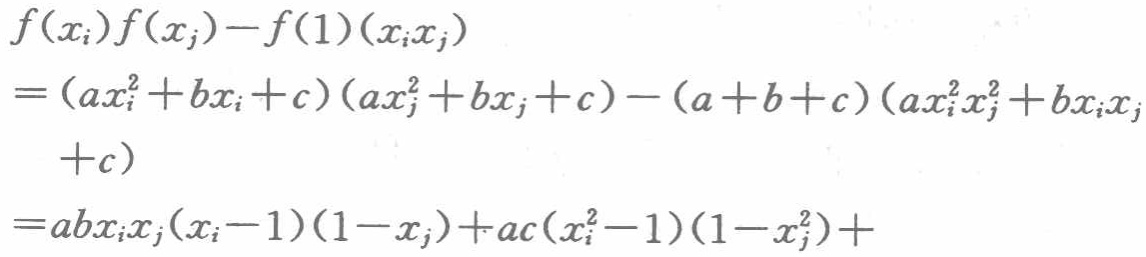
\[

\begin{align*}

&f(x_{i})f(x_{j}) - f(1)(x_{i}x_{j})\\

=&(ax_{i}^{2}+bx_{i}+c)(ax_{j}^{2}+bx_{j}+c)-(a + b + c)(ax_{i}^{2}x_{j}^{2}+bx_{i}x_{j}+c)\\

=&abx_{i}x_{j}(x_{i}-1)(1 - x_{j})+ac(x_{i}^{2}-1)(1 - x_{j}^{2})+

\end{align*}

\]